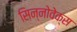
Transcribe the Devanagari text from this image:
सिन्नोवेक्स